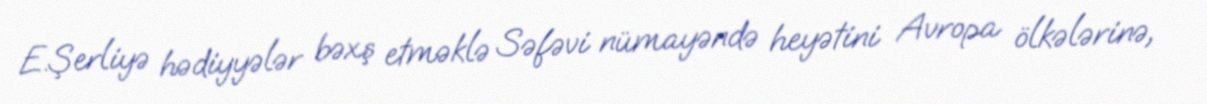
E.Şerliyə hədiyyələr bəxş etməklə Səfəvi nümayəndə heyətini Avropa ölkələrinə,